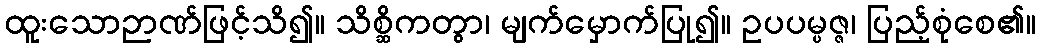
ထူးသောဉာဏ်ဖြင့်သိ၍။ သိစ္ဆိကတွာ၊ မျက်မှောက်ပြု၍။ ဥပပမ္ပဇ္ဇ၊ ပြည့်စုံစေ၏။